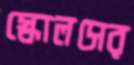
স্কোলসের